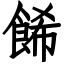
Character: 餙